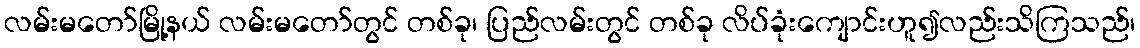
လမ်းမတော်မြို့နယ် လမ်းမတော်တွင် တစ်ခု၊ ပြည်လမ်းတွင် တစ်ခု လိပ်ခုံးကျောင်းဟူ၍လည်းသိကြသည်၊